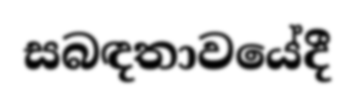
සබඳතාවයේදී